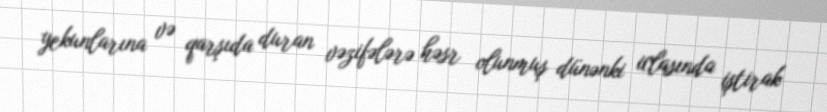
yekunlarına və qarşıda duran vəzifələrə həsr olunmuş dünənki iclasında iştirak